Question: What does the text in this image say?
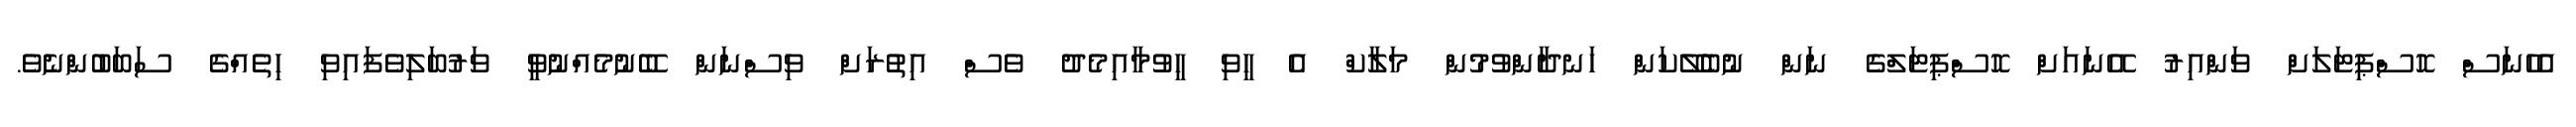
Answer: އެހެނަސް ހޮސްޕިޓަލަށް ވަންއިރު އޭނައަށް ހޮސްޕިޓަލްގެ ނަން ނުބެލޭކަން ހަނދާންވުމުން މަލާކް އެ ހީވި ހީވުމާއިމެދު ވެސް އިތުރަށް ވިސްނަން ބޭނުމެއްނުވީ ވަރުބަލިވެފައިވި ހިތެއްގެ ސަބަބުންނެވެ.